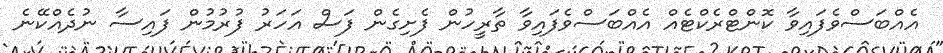
އެއްބަސްވެފައިވާ ކޮންޓްރެކްޓެއް އެއްބަސްވެފައިވާ ތާރީހުން ފެށިގެން ފަސް އަހަރު ފުރުމުން ފައިސާ ނުދެއްކޭނެ